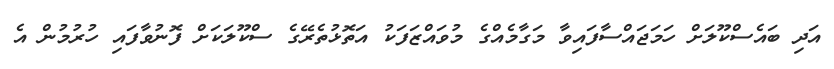
އަދި ބައެސްކޫލަށް ހަމަޖައްސާފައިވާ މަގާމެއްގެ މުވައްޒަފަކު އަތޮޅުތެރޭގެ ސްކޫލަކަށް ފޮނުވާފައި ހުރުމުން އެ